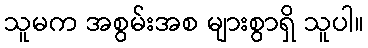
သူမက အစွမ်းအစ များစွာရှိ သူပါ။